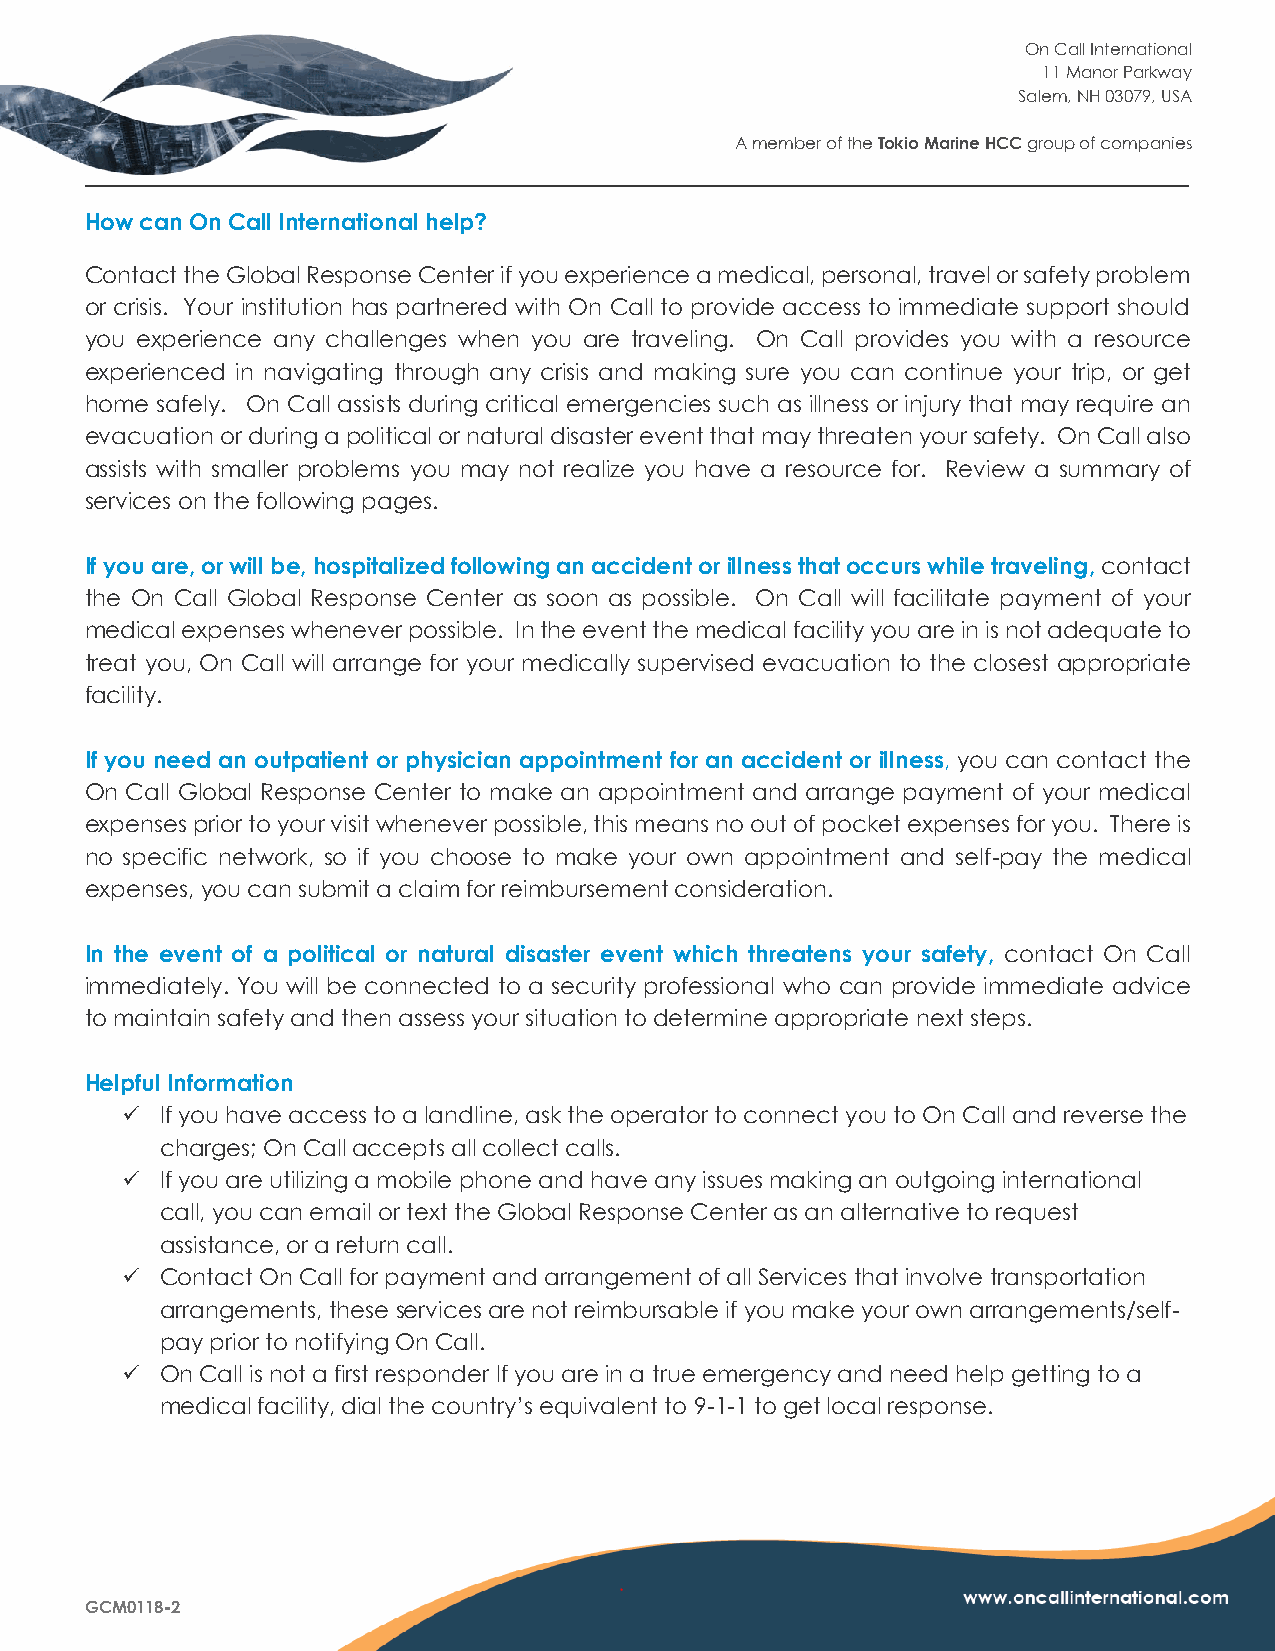
On Call International
 11 Manor Parkway
 Salem, NH 03079, USA
 A member of the Tokio Marine HCC group of companies
 How can On Call International help?
 Contact the Global Response Center if you experience a medical, personal, travel or safety problem
 or crisis. Your institution has partnered with On Call to provide access to immediate support should
 you experience any challenges when you are traveling. On Call provides you with a resource
 experienced in navigating through any crisis and making sure you can continue your trip, or get
 home safely. On Call assists during critical emergencies such as illness or injury that may require an
 evacuation or during a political or natural disaster event that may threaten your safety. On Call also
 assists with smaller problems you may not realize you have a resource for. Review a summary of
 services on the following pages.
 If you are, or will be, hospitalized following an accident or illness that occurs while traveling, contact
 the On Call Global Response Center as soon as possible. On Call will facilitate payment of your
 medical expenses whenever possible. In the event the medical facility you are in is not adequate to
 treat you, On Call will arrange for your medically supervised evacuation to the closest appropriate
 facility.
 If you need an outpatient or physician appointment for an accident or illness, you can contact the
 On Call Global Response Center to make an appointment and arrange payment of your medical
 expenses prior to your visit whenever possible, this means no out of pocket expenses for you. There is
 no specific network, so if you choose to make your own appointment and self-pay the medical
 expenses, you can submit a claim for reimbursement consideration.
 In the event of a political or natural disaster event which threatens your safety, contact On Call
 immediately. You will be connected to a security professional who can provide immediate advice
 to maintain safety and then assess your situation to determine appropriate next steps.
 Helpful Information
 ✓  If you have access to a landline, ask the operator to connect you to On Call and reverse the
 charges; On Call accepts all collect calls.
 ✓  If you are utilizing a mobile phone and have any issues making an outgoing international
 call, you can email or text the Global Response Center as an alternative to request
 assistance, or a return call.
 ✓  Contact On Call for payment and arrangement of all Services that involve transportation
 arrangements, these services are not reimbursable if you make your own arrangements/self-
 pay prior to notifying On Call.
 ✓  On Call is not a first responder If you are in a true emergency and need help getting to a
 medical facility, dial the country’s equivalent to 9-1-1 to get local response.
 GCM0118-2